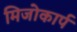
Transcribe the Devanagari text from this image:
मिजोकार्प